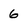
Character: 6